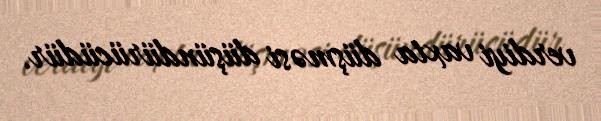
verdiyi vaxta düşməsi düşündürücüdür.